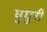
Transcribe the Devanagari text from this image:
घुघुरी